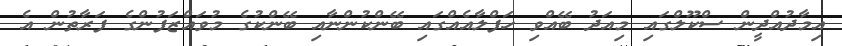
އިމާދުއްދީން ސްކޫލްގައި މިއަދު ބޭއްވި ހަފްލާއެއްގައި ބޭންކުންނާއި ބޭންކުގެ މުވައްޒަފުންގެ ފަރާތުން އެ